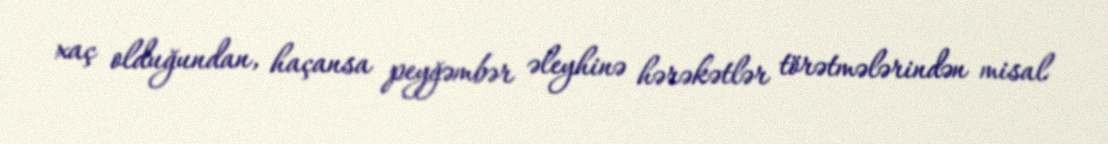
xaç olduğundan, haçansa peyğəmbər əleyhinə hərəkətlər törətmələrindən misal